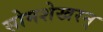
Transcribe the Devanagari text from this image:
सोमशेखरन्